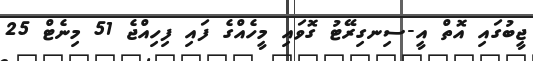
ޖީބުގައި އޮތް އީ-ސިނގިރޭޓު ގޮވައި މީހެއްގެ ފައި ފިހިއްޖެ 51 މިނެޓް 25